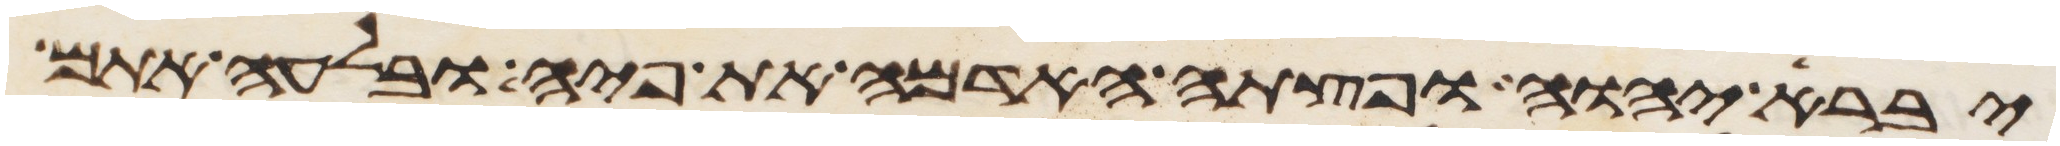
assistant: יברא יהוה ופצתה האדמה את פיה ובלעה אתם